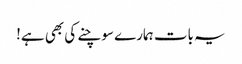
یہ بات ہمارے سوچنے کی بھی ہے!